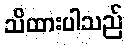
သိထားပါသည်